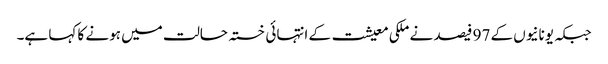
جبکہ یونانیوں کے 97 فیصد نے ملکی معیشت کے انتہائی خستہ حالت میں ہونے کا کہا ہے۔